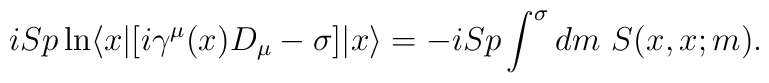
i Sp \ln\langle x| [ i\gamma^\mu (x)D_\mu -\sigma] |x \rangle=-i Sp \int^{\sigma} dm\ S(x,x;m).